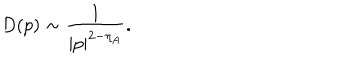
LaTeX: D ( p ) \sim \frac { 1 } { | p | ^ { 2 - \eta _ { A } } } .